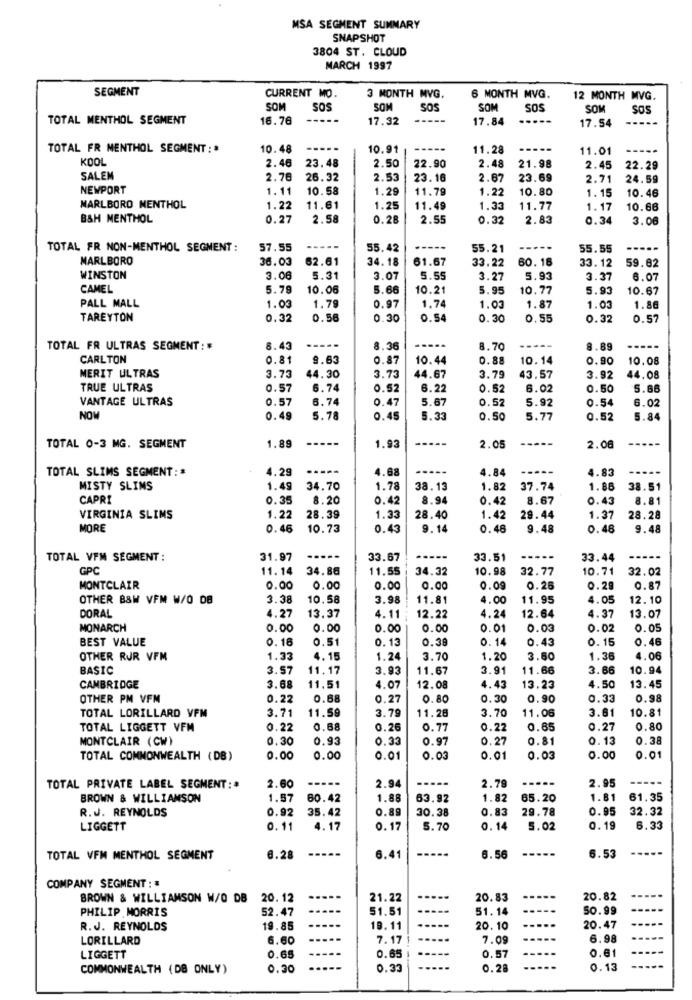
MSA SEGMENT SUMMARY
SNAPSHOT
3804 ST. CLOUD
MARCH 1997
SEGMENT
CURRENT MO.
3 MONTH MVG.
6 MONTH MVG.
12 MONTH MVG.
SOM
SOS
SOM
SOS
SOM
SOS
SOM
SOS
TOTAL MENTHOL SEGMENT
16.76
17.32
17.84
...
17.54
----
TOTAL FR MENTHOL SEGMENT :*
10.48
10.91
11.28
11.01
KOOL
2.46
2.50
23.48
22.90
2.48
21.98
2.45
22.29
SALEM
2.76
26.32
2.53
23.16
2.67
23.69
2.71
24.59
NEWPORT
1.11
10.58
1.29
11.79
1.22
10.80
1.15
10.46
MARLBORO MENTHOL
1.22
11.61
1.25
11.49
1.33
11.77
1.17
10.66
BSH MENTHOL
0.27
2.58
0.28
2.55
0.32
2.83
0.34
3.06
TOTAL FR NON-MENTHOL SEGMENT :
57.55
55.42
----
55.21
-----
55.55
MARLBORO
36.03
62.61
34.18
61.67
33.22
60.16
33. 12
59.82
WINSTON
3.06
5.31
3.07
5.55
3.27
5.93
3.37
6.07
CAMEL
5.79
10.06
5.66
10.21
5.95
10.77
5.93
10.67
0.97
PALL MALL
1.03
1.79
1.74
1.03
1.87
1.03
1.86
TAREYTON
0.32
0.56
0.30
0.54
0.30
0.55
0.32
0.57
TOTAL FR ULTRAS SEGMENT: #
8.43
8.36
8.70
-----
8.89
CARLTON
0.81
9.63
0.87
10.44
0.88
10.14
0.90
10.08
MERIT ULTRAS
3.73
44.30
3.73
44.67
3.79
43.57
3.92
44.08
TRUE ULTRAS
0.57
6.74
0.52
6.22
0.52
6.02
0.50
5.66
VANTAGE ULTRAS
0.57
6.74
0.47
5.67
0.52
5.92
0.54
6.02
NOW
0.49
5.78
0.45
5.33
0.50
5.77
0.52
5.84
1.89
-----
-----
----
TOTAL 0-3 MG. SEGMENT
1.93
2.05
2.08
TOTAL SLIMS SEGMENT: #
4.29
4.68
----
4.84
4.83
MISTY SLIMS
1.49
34.70
1.78
38.13
1.82
37.74
1.86
38.51
CAPRI
0.35
8.20
0.42
8.94
0.42
8.67
0.43
8.81
1.33
VIRGINIA SLIMS
1.22
28.39
28.40
1.42
29.44
1.37
28.28
MORE
0.46
10.73
0.43
9.14
0.48
9.48
0.48
9.48
TOTAL VFM SEGMENT :
31.97
33.67
33.51
33.44
GPC
11.14
34.86
11.55
34.32
10.98
32.77
10.71
32.02
MONTCLAIR
0.00
0.00
0.00
0.00
0.09
0.26
0.29
0.87
OTHER B&W VFM W/O DB
3.38
10.58
3.98
11.81
4.00
11.95
4.05
12.10
DORAL
4.27
13.37
4.11
12.22
4.24
12.64
4.37
13.07
MONARCH
0.00
0.00
0.00
0.00
0 . 01
0.03
0.02
0.05
BEST VALUE
0.16
0.51
0.13
0.39
0.14
0.43
0.15
0.46
OTHER RUR VFM
1.33
4.15
1.24
3.70
1.20
3.50
1.36
4.06
BASIC
3.57
11.17
3.93
11.67
3.91
11.66
3.66
10.94
CAMBRIDGE
3.68
11.51
4.07
12.08
4.43
13.23
4.50
13.45
OTHER PM VFM
0.22
0.68
0.27
0.80
0.30
0.90
0.33
0.98
3.71
11.59
3.79
11.28
3.70
11.06
3.61
10.81
TOTAL LORILLARD VFM
TOTAL LIGGETT VFM
0.22
0.68
0.26
0.77
0.22
0.65
0.27
0.80
MONTCLAIR (CW)
0.30
0.93
0.33
0.97
0.27
0.81
0.13
0.38
TOTAL COMMONWEALTH (DB)
0.00
0.00
0.01
0.03
0.01
0.03
0.00
0.01
2.60
-----
2.94
-----
2.79
2.95
TOTAL PRIVATE LABEL SEGMENT:+
BROWN & WILLIAMSON
1.57
60.42
1.88
63.92
1.82
65.20
1.81
61.35
R.J. REYNOLDS
0.92
35.42
0.89
30.38
0.83
29.78
0.95
32.32
LIGGETT
0.11
4.17
0.17
5.70
0.14
5.02
0. 19
6.33
-----
TOTAL VFM MENTHOL SEGMENT
6.28
6.41
6.56
6.53
COMPANY SEGMENT :
BROWN & WILLIAMSON W/O DB
20.12
21.22
20.83
20.82
PHILIP MORRIS
52.47
51.51
..
51. 14
50.99
R.J. REYNOLDS
19.85
19.11
20.10
20.47
LORILLARD
6.60
7.17
.....
7.09
6.98
0.57
LIGGETT
0.65
0.65
-----
0.61
COMMONWEALTH (DB ONLY)
0.20
0.33
0.28
0.13